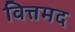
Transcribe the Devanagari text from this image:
वित्तमद